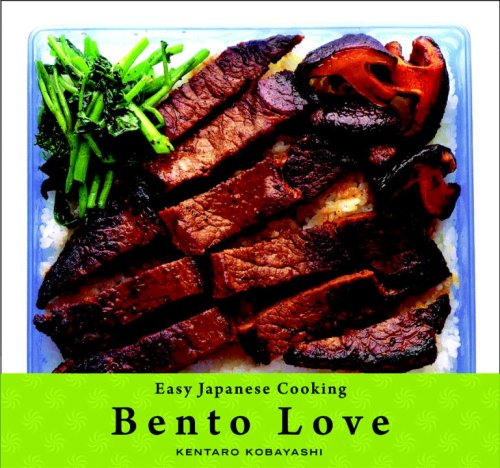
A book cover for Easy Japanese Cooking: Bento Love; Kentaro Kobayashi; Cookbooks, Food & Wine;